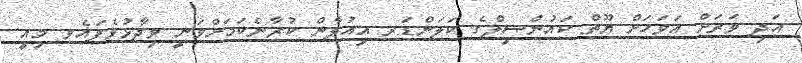
އަދި ވަރަށް އަވަހަށް ޔޫތް ކައުންސިލްގެ ކަލަންޑަރ އިއުލާން ކުރާނެކަމަށްވަނީ ވިދާޅުވެފައެވ މިއީ